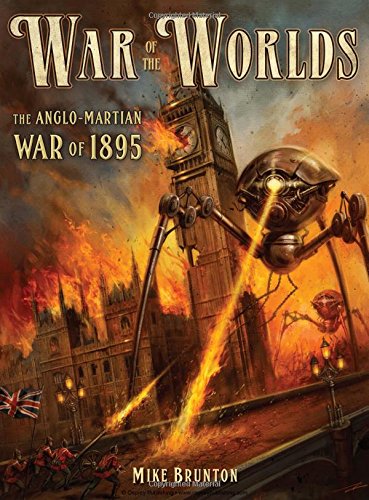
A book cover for War of the Worlds: The Anglo-Martian War of 1895 (Dark); Mike Brunton; Science Fiction & Fantasy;